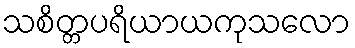
သစိတ္တပရိယာယကုသလော